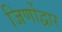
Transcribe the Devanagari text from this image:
जिर्णोद्वार